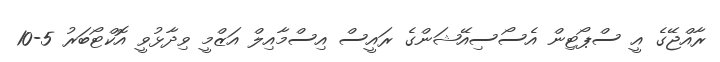
ރާއްޖޭގެ އީ ސްޕޯޓިން އެސޯސިއޭޝަންގެ ރައީސް އިސްމާއިލް އަޒްމީ ވިދާޅުވީ އޮކްޓޯބަރު 5-10